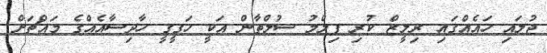
ޖުލައި ހައެއްގައި ރިލީޒް ކުރި ފިލްމު ސުލްތާން އަކީ ހަގީގީ ހާދިސާއެއްގެ މައްޗަށް